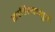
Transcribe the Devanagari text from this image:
साहित्यामुळे